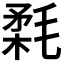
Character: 𣮪